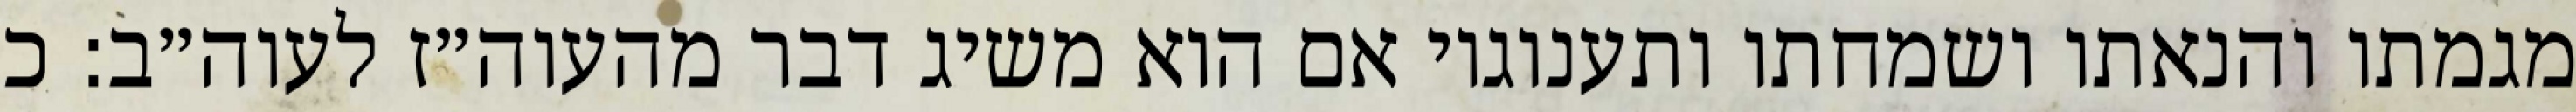
מגמתו והנאתו ושמחתו ותענוגיו אם הוא משיג דבר מהעוה״ז לעוה״ב: כ